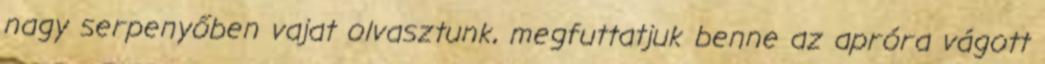
nagy serpenyőben vajat olvasztunk, megfuttatjuk benne az apróra vágott